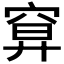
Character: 𥦍